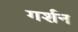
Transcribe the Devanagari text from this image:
गर्शन